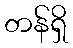
တန်ရှိ